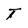
Character: T